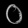
Digit: ၀